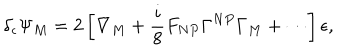
LaTeX: \delta _ { \epsilon } \Psi _ { M } = 2 \left[ \nabla _ { M } + \frac { i } { 8 } F _ { N P } \Gamma ^ { N P } \Gamma _ { M } + \cdots \right] \epsilon ,